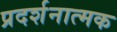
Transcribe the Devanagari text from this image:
प्रदर्शनात्‍मक